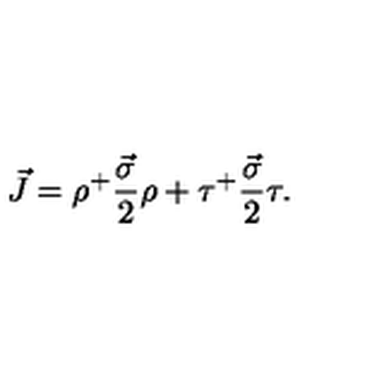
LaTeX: \vec { J } = \rho ^ { + } \frac { \vec { \sigma } } { 2 } \rho + \tau ^ { + } \frac { \vec { \sigma } } { 2 } \tau .